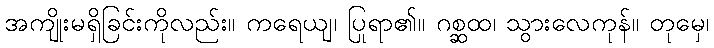
အကျိုးမရှိခြင်းကိုလည်း။ ကရေယျ၊ ပြုရာ၏။ ဂစ္ဆထ၊ သွားလေကုန်။ တုမှေ၊